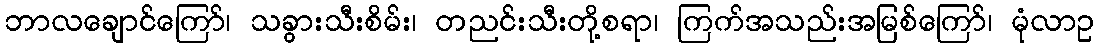
ဘာလချောင်ကြော်၊ သခွားသီးစိမ်း၊ တညင်းသီးတို့စရာ၊ ကြက်အသည်းအမြစ်ကြော်၊ မုံလာဥ